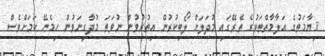
ޤިޔާމަތުގެ އަލާމާތްތަކުގެ ތެރޭގައި މުދަލަށް ލޯބިކުރުން އިތުރުވުން ނުވަތަ މުދާގިނަވުން ހިމެނޭ ކަމަށްވެސް